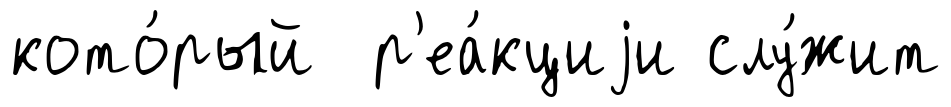
кото́рый р'еа́кциjи слу́жит